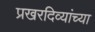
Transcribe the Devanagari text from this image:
प्रखरदिव्यांच्या